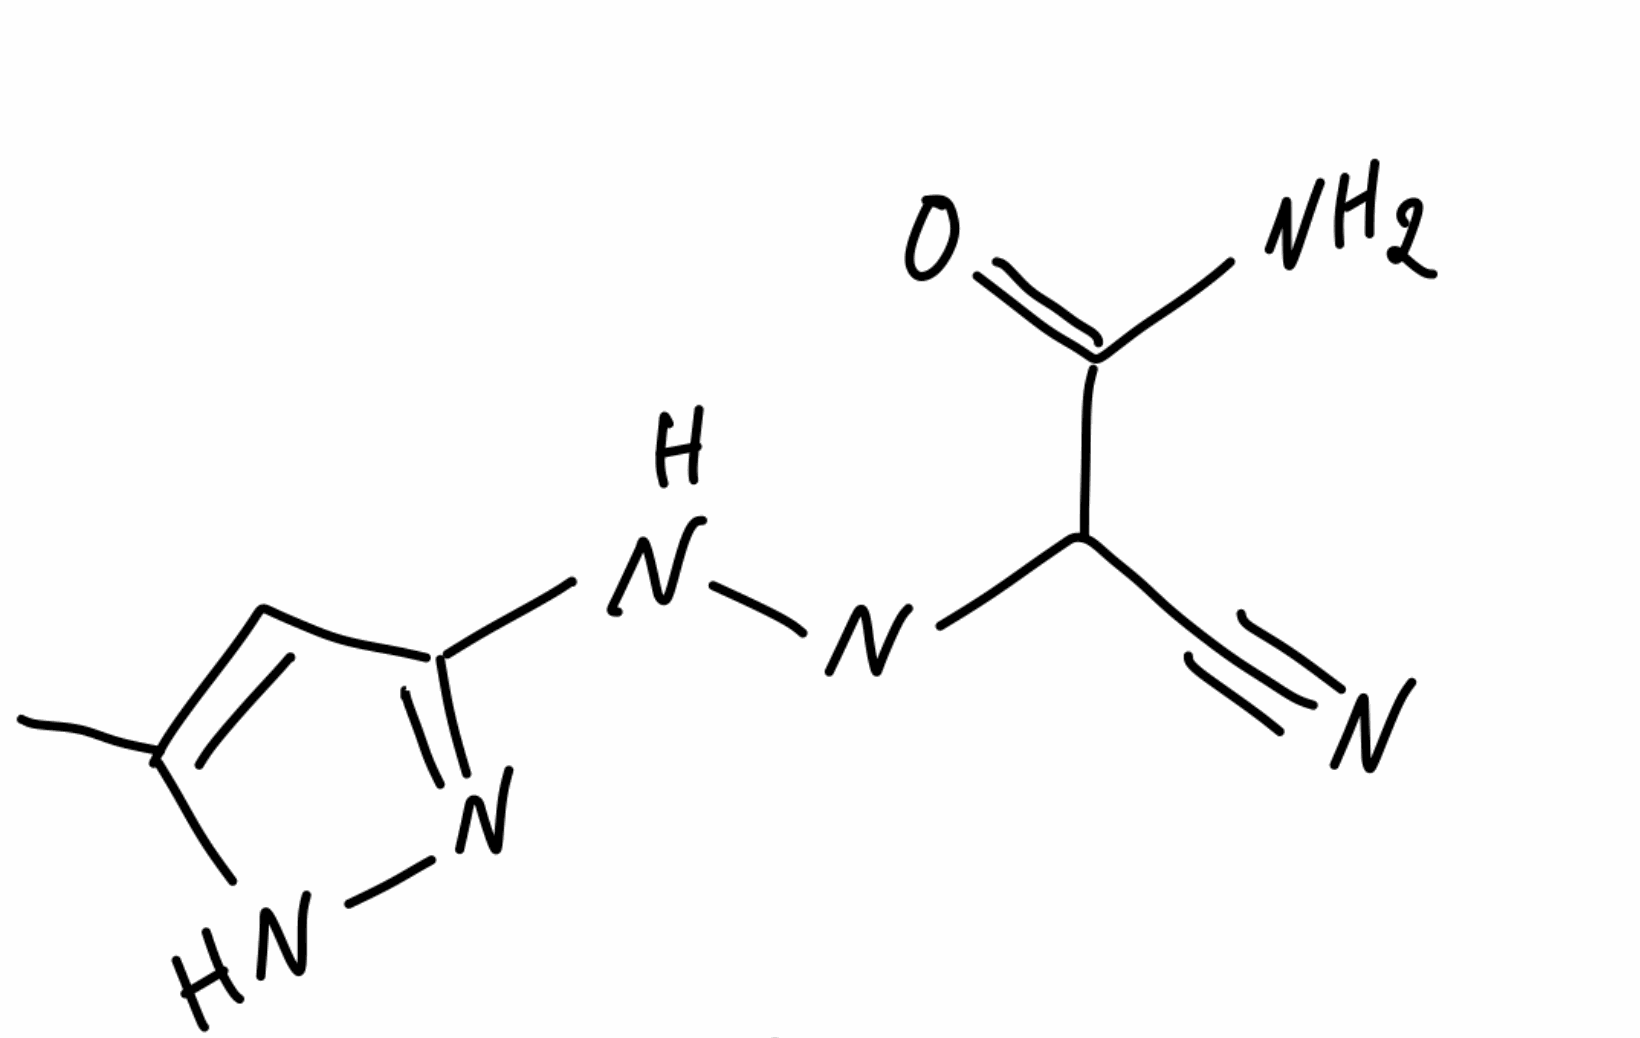
Simplified molecular-input line-entry system (SMILES) notation of the given molecule:
CC1=CC(=NN1)N/N=C(/C#N)\C(=O)N